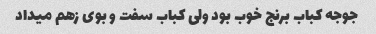
جوجه کباب برنج خوب بود ولی کباب سفت و بوی زهم میداد